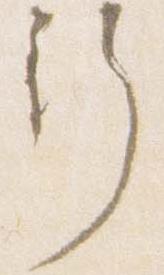
行